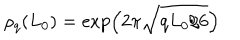
\rho _ { q } ( L _ { 0 } ) = \exp \left( 2 \pi \sqrt { q L _ { 0 } / 6 } \right)